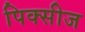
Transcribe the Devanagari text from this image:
पिक्सीज